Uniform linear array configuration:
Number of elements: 8
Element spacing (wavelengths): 0.75
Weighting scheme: kaiser
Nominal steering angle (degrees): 60
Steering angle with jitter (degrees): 58.132
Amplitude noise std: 0.05
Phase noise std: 0.05

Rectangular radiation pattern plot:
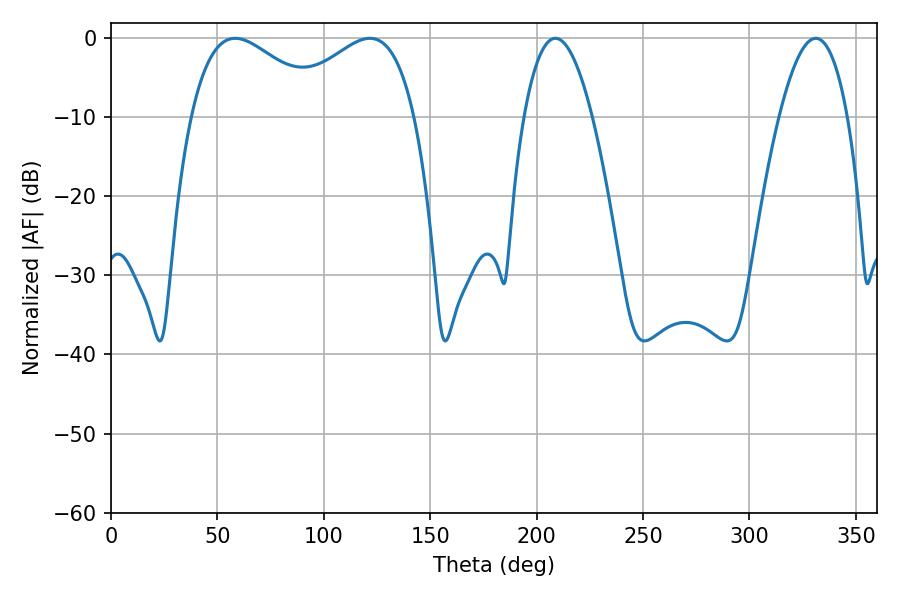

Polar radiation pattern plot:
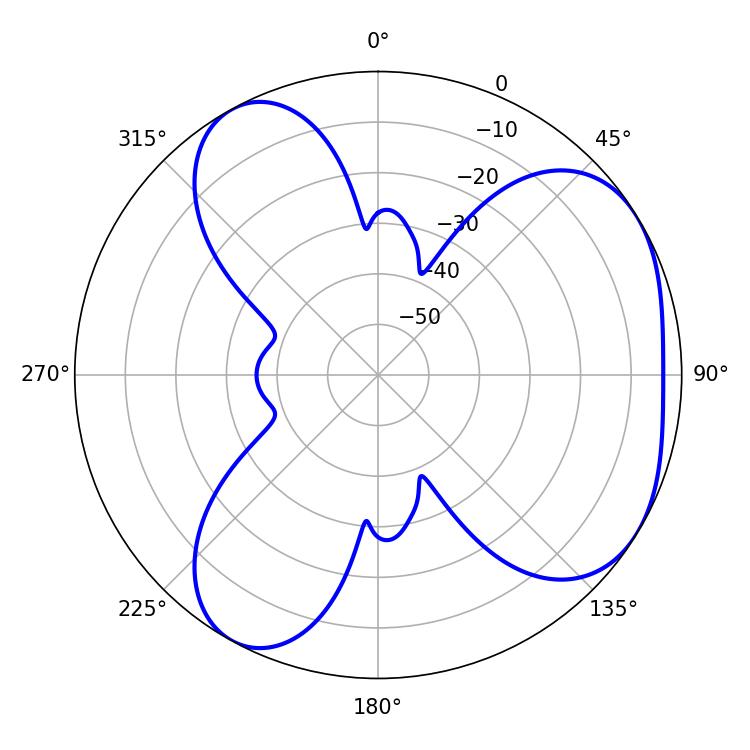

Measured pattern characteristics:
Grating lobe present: TRUE
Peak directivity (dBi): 4.453
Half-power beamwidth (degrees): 34.74
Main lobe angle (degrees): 58.32